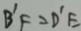
B ^ { \prime } F = D ^ { \prime } E